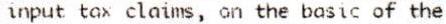
INPUT TAX CLAIMS, ON THE BASIC OF THE